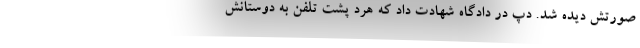
صورتش دیده شد. دپ در دادگاه شهادت داد که هرد پشت تلفن به دوستانش